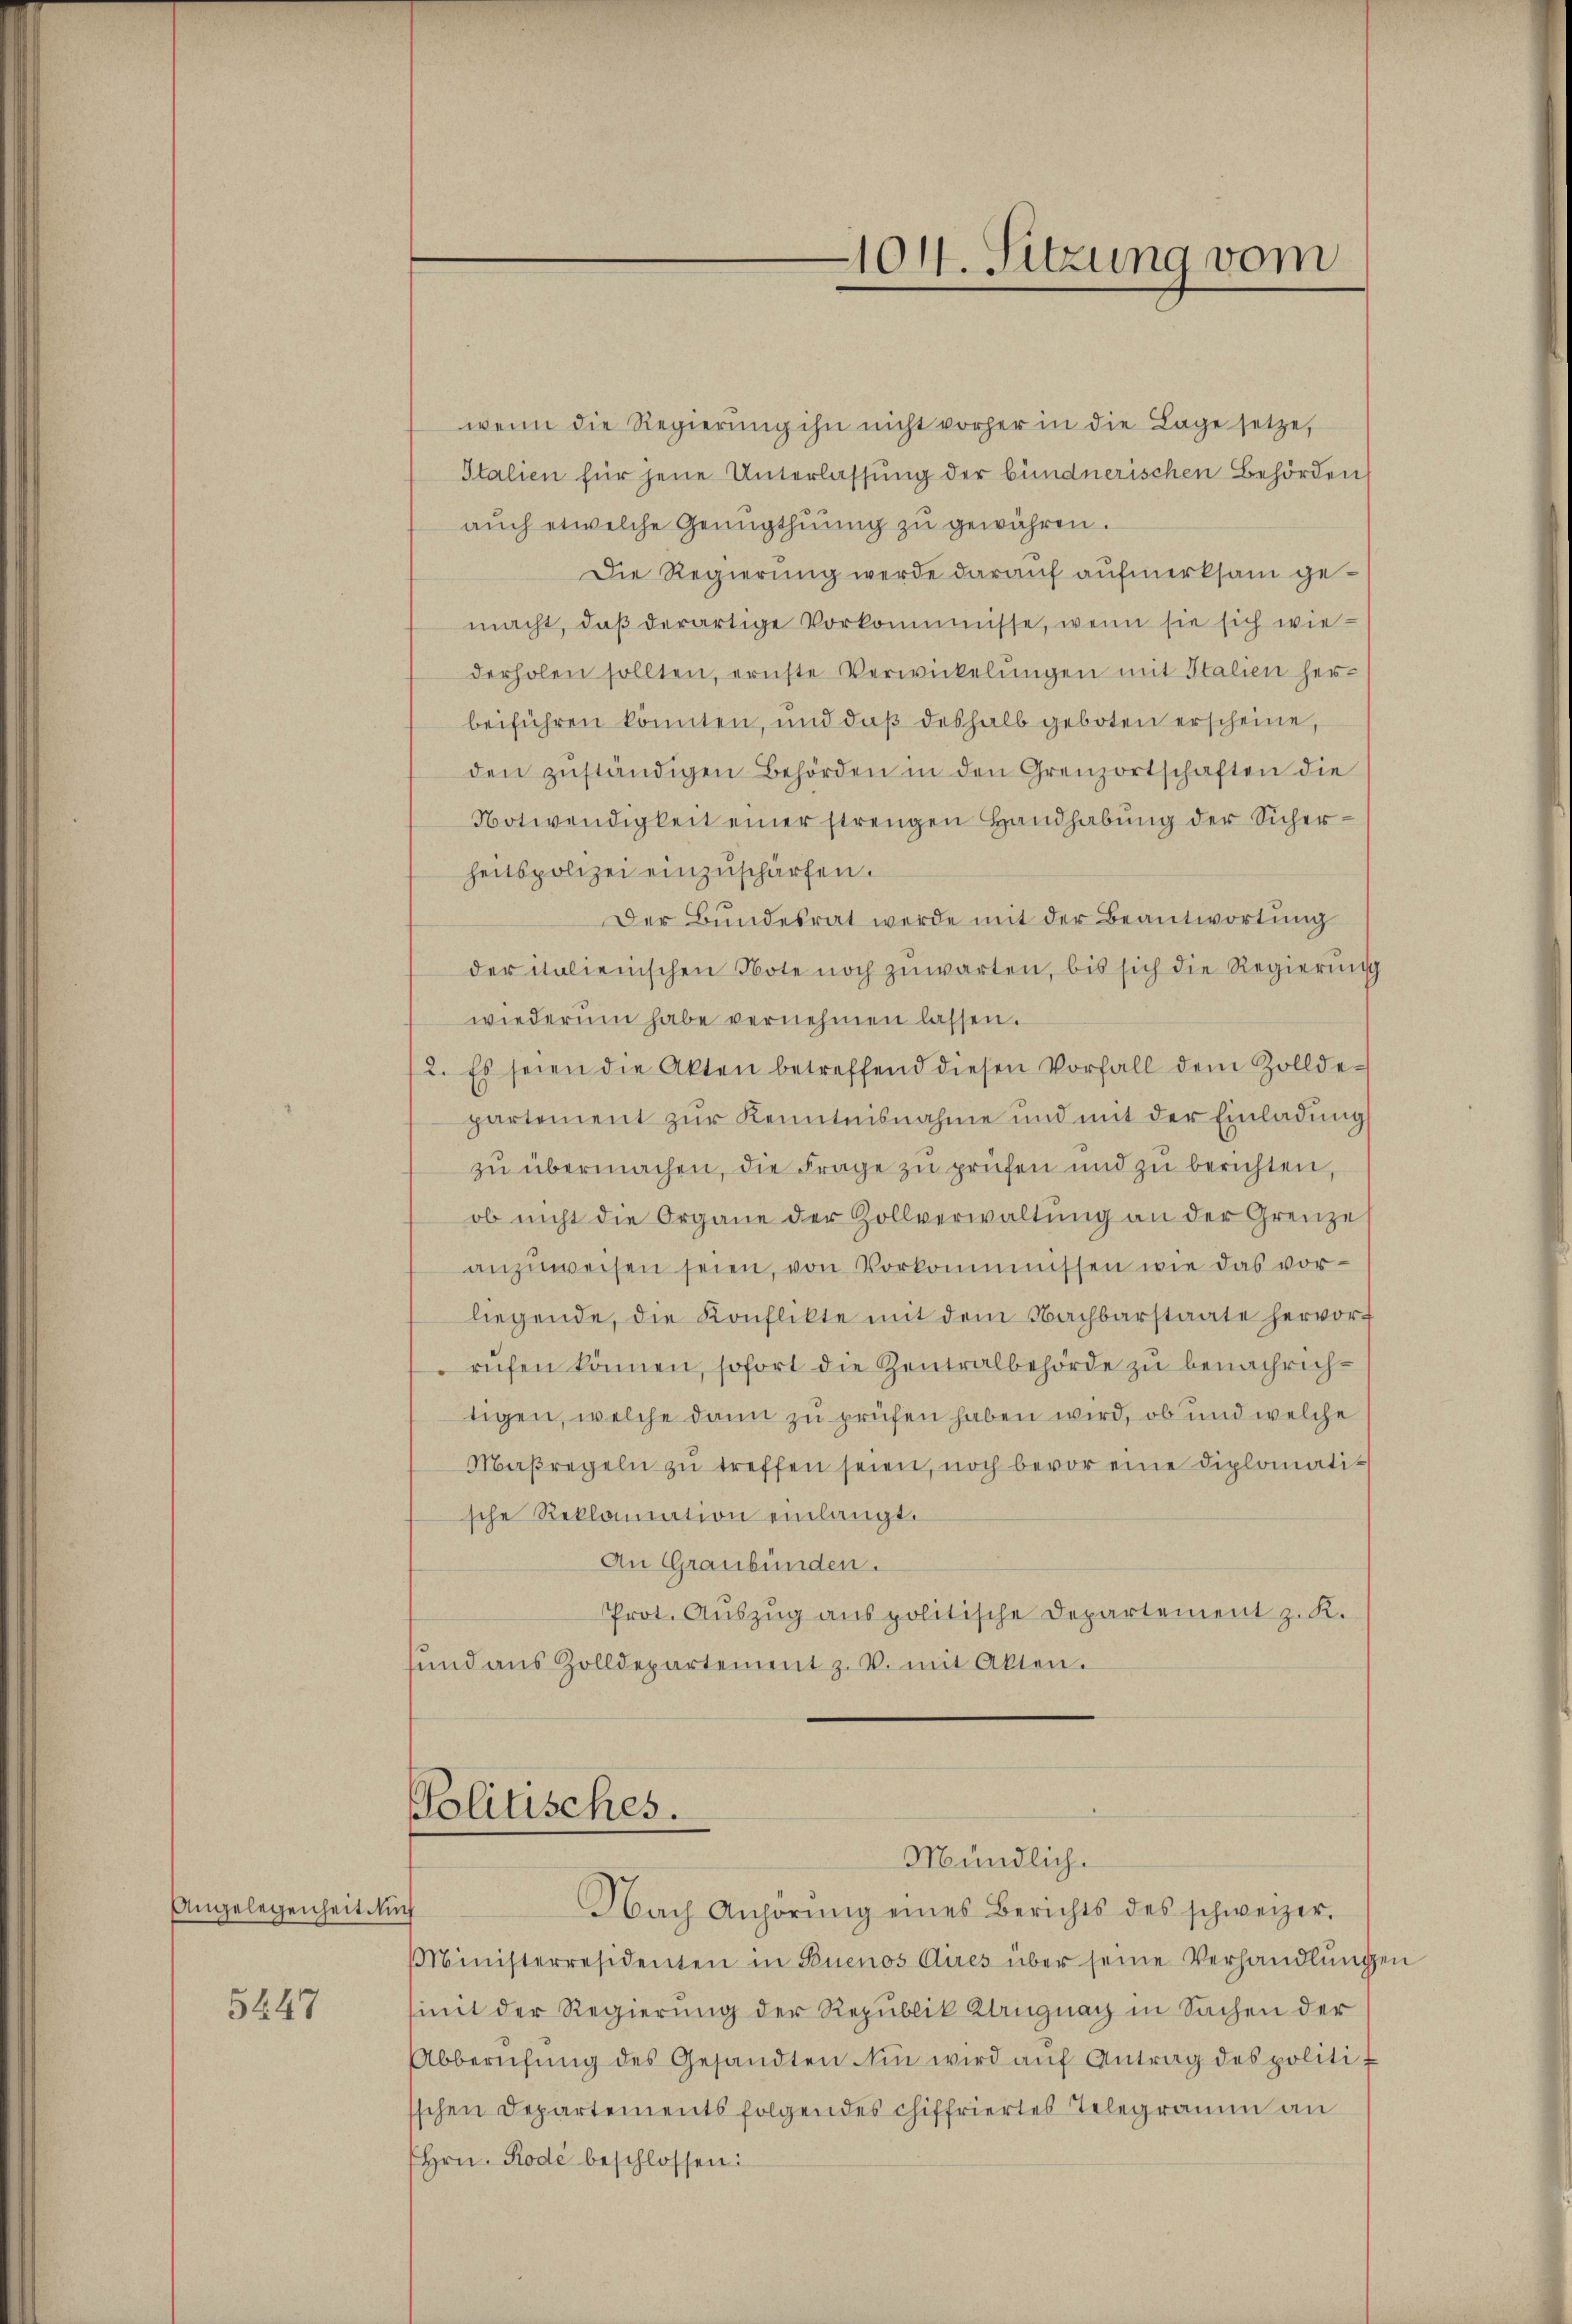
Angelegenheit auch

5447

wenn die Regierung ihn nicht vorher in die Lage setze,
Italien für jene Unterlassung der bündnerischen Behörden
aŭch etwelche Genügthŭŭng zu gewähren.
Die Regierung werde darauf aufmerksam gemacht, daβ derartige Vorkommnisse, wenn sie sich wiederholen sollten, ernste Verwickelŭngen mit Italien her-
beiführen könnten, und daß deshalb geboten erscheine,
den zŭständigen Behörden in den Grenzortschaften die
Notwendigkeit einer strengen Handhabŭng der Sicherheitspolizei einzŭschärfen.
Der Bŭndesrat werde mit der Beantwortŭng
der italienischen Note noch zuwarten, bis sich die Regierung
wiederum habe vernehmen lassen.
2. Es seien die Akten betreffend diesen Vorfall dem Zollde-
partement zur Kenntnisnahme und mit der Einladung
zu übermachen, die Frage zu prüfen und zu berichten,
ob nicht die Organe der Zollverwaltŭng an der Grenze
anzŭweisen seien, von Vorkommnissen wie das vor-
liegende, die Konflikte mit dem Nachbarstaate hervort
rŭfen können, sofort die Zentralbehörde zu benachrichtigen, welche dann zu prüfen haben wird, ob und welche
Maßregeln zŭ treffen seien, noch bevor eine diplomatische Reklamation einlangt.
An Graubünden.
Prot. Auszug aus politische Departement z. K.
und aus Zolldepartement z. V. mit Akten.

Politisches.
Mündlich.

101. Sitzung vom

Nach Anhörŭng eines Berichts des schweizer.
Ministerresidenten in Buenos Aires über seine Verhandlungen
(mit der Regierung der Republik Crugnach in Sachen der
Abberŭfŭng des Gesandten in wird aŭf Antrag des politischen Departements folgendes chiffriertes Telegramm an
(Hrn. Rode beschlossen: